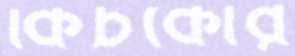
কিচকোর